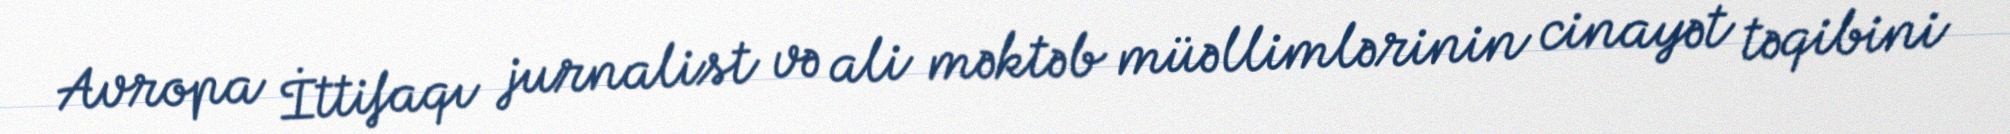
Avropa İttifaqı jurnalist və ali məktəb müəllimlərinin cinayət təqibini